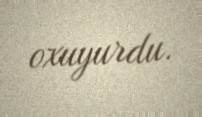
oxuyurdu.